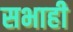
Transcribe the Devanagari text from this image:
सभाही